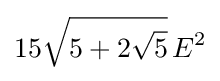
15{\sqrt {5+2{\sqrt {5}}}}\,E^{2}